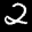
Label: 2